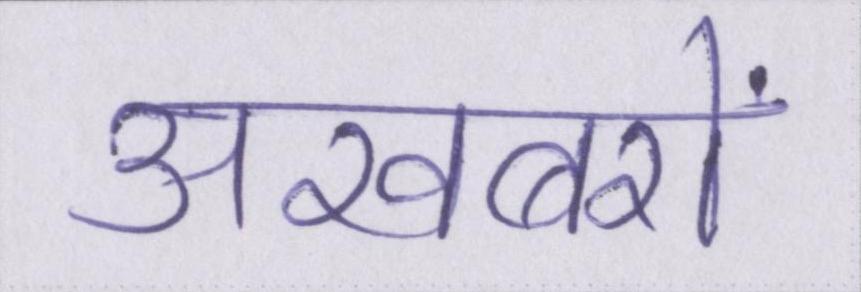
अखबरों